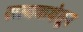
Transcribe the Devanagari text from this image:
सत्यकथेतून